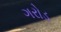
ગરોડ